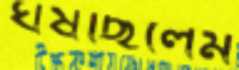
ঘষছিলেম